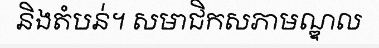
និងតំបន់។ សមាជិកសភាមណ្ឌល